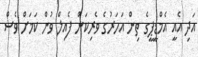
އަދި އެއީ އެމްޑީޕީގެ ތިން އަހަރުގެ ވެރިކަން ފެއިލް ވުން ކަމަށް ވެސް